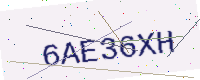
Text: 6AE36XH